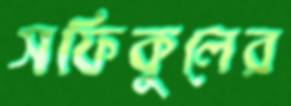
সফিকুলের